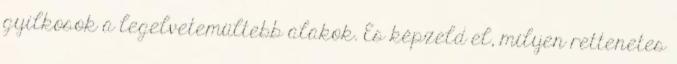
gyilkosok a legelvetemültebb alakok. És képzeld el, milyen rettenetes